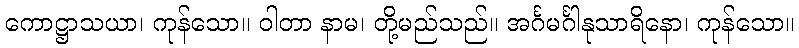
ကောဋ္ဌာသယာ၊ ကုန်သော။ ဝါတာ နာမ၊ တို့မည်သည်။ အင်္ဂမင်္ဂါနုသာရိနော၊ ကုန်သော။